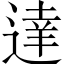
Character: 達